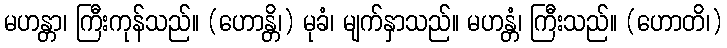
မဟန္တာ၊ ကြီးကုန်သည်။ (ဟောန္တိ၊) မုခံ၊ မျက်နှာသည်။ မဟန္တံ၊ ကြီးသည်။ (ဟောတိ၊)